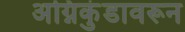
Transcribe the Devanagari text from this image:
अग्निकुंडावरून